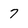
Character: 7